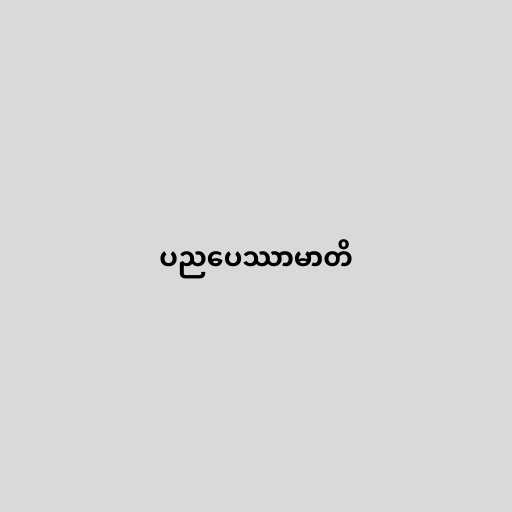
ပညပေဿာမာတိ